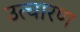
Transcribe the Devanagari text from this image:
उत्चारण